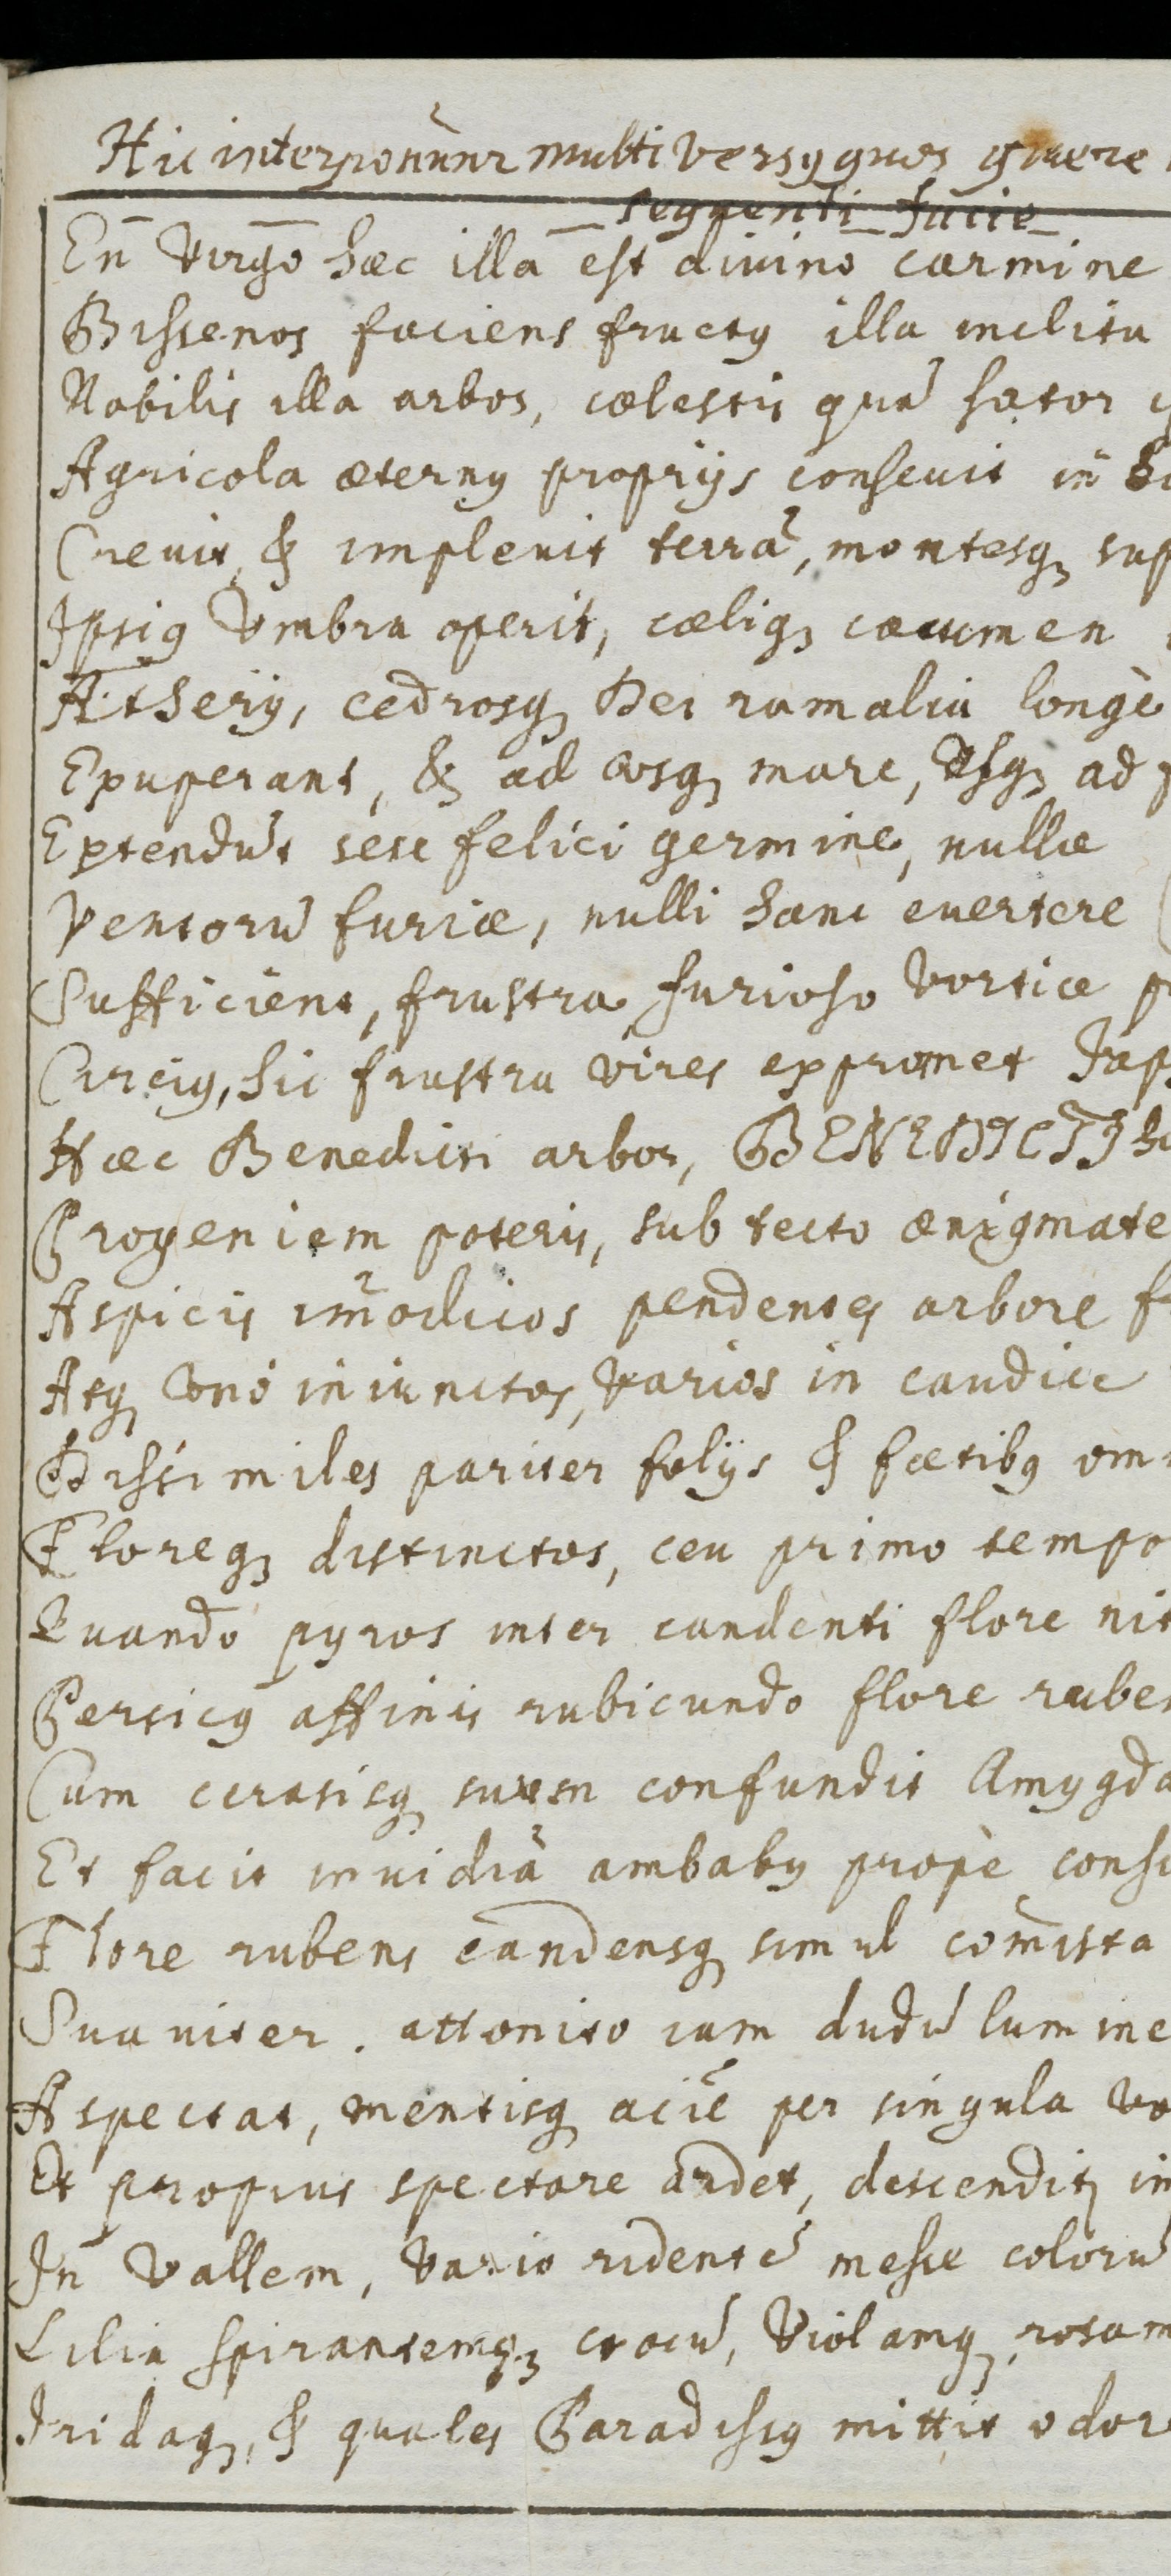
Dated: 1500–1599